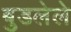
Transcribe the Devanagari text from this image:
बुडलेले